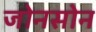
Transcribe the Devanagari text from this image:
जोनसोन